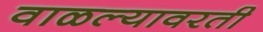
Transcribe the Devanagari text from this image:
वाळल्यावरती